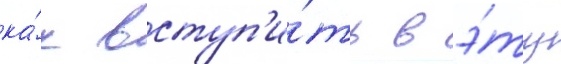
ка́к вступ'и́ть в э́ту